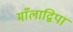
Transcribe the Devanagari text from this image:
माँलाद्विपा